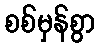
စစ်မှန်စွာ